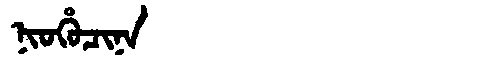
Manchu: ᠨᡳᠣᡥᡠᠴᡳᠨᠠ
Romanization: NIOHUCINA